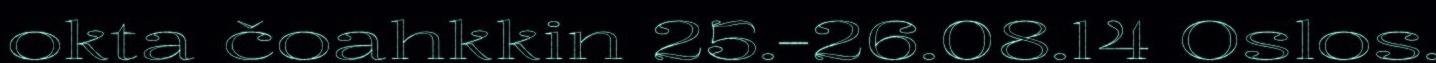
okta čoahkkin 25.-26.08.14 Oslos.